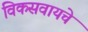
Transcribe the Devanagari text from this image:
विकसवायचे